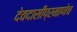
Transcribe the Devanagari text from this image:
देवदासींप्रमाणेच